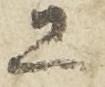
工